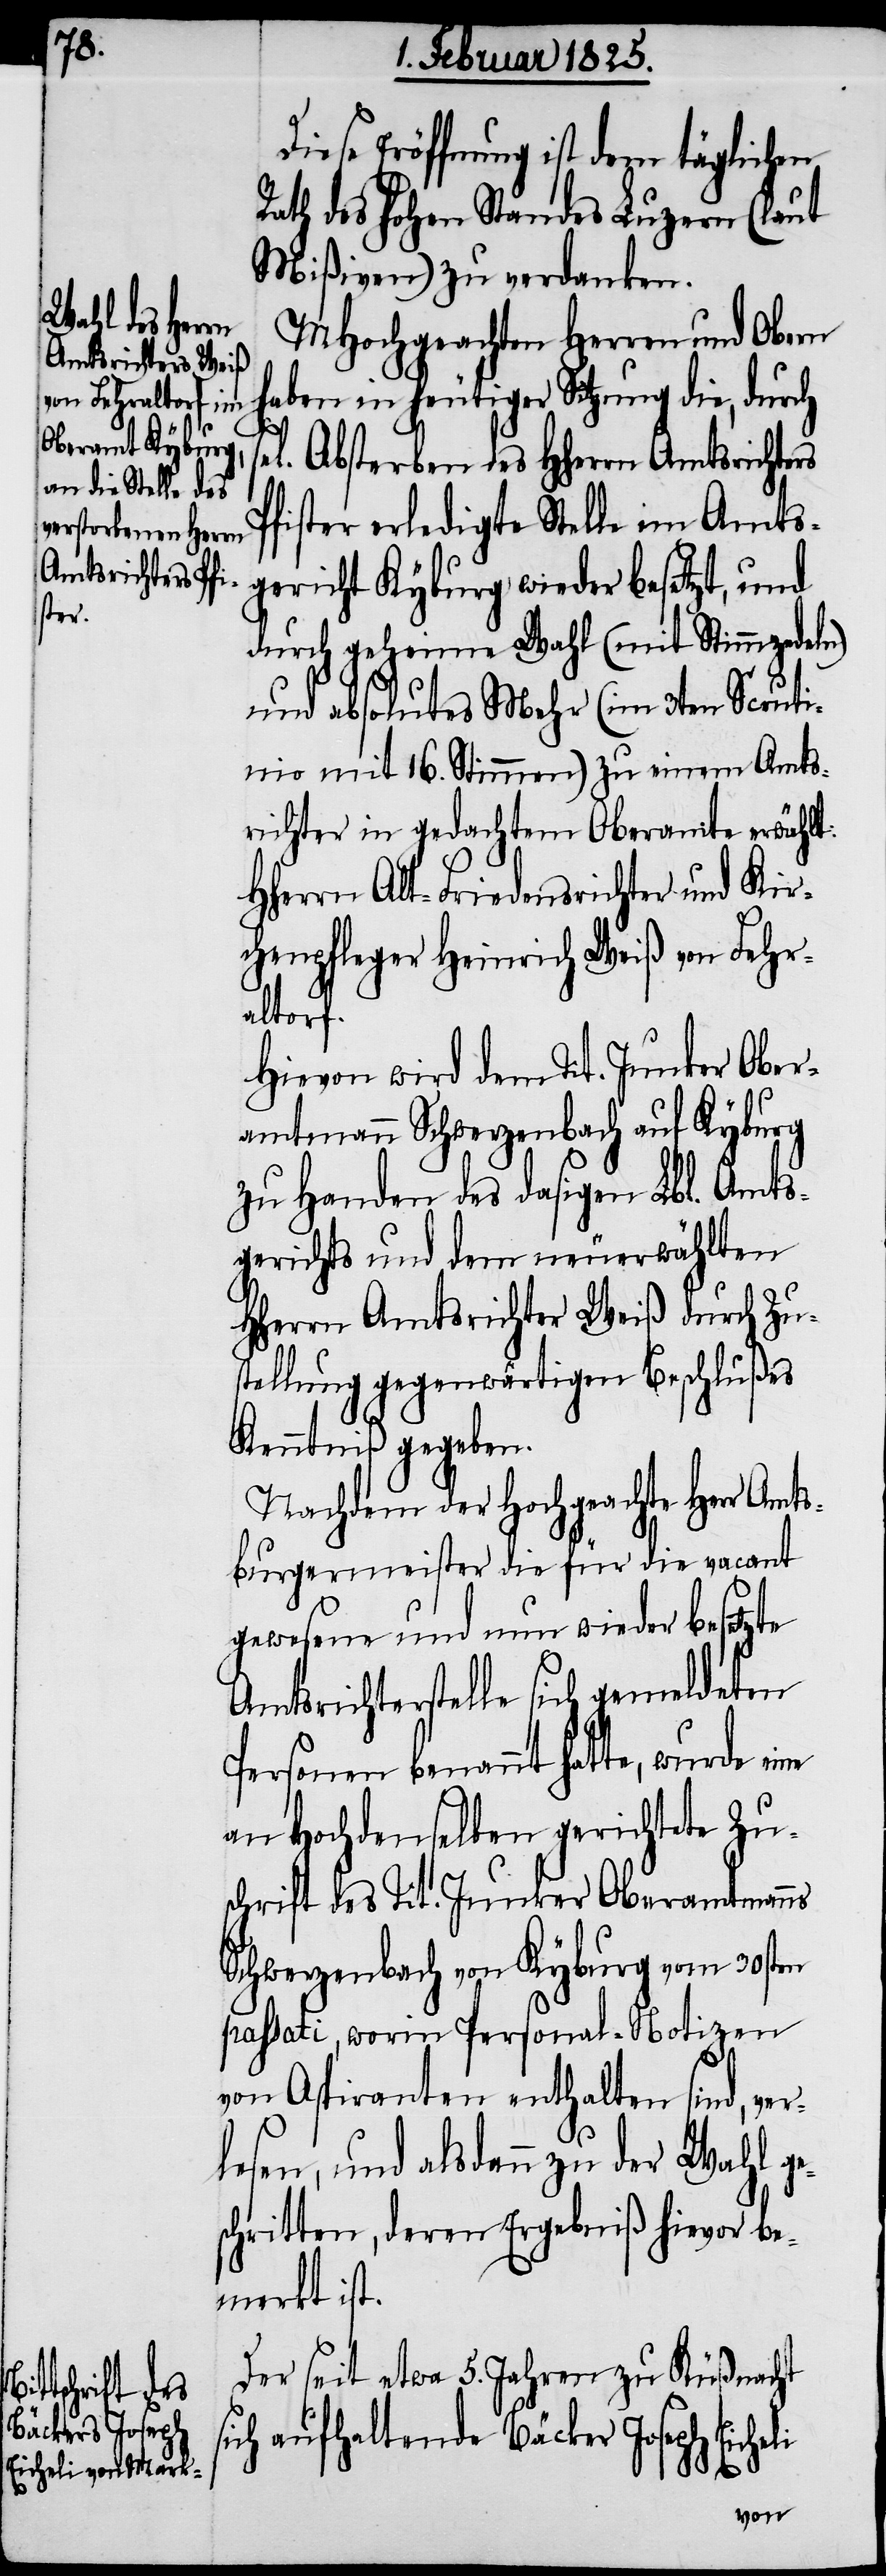
Diese Eröffnung ist dem täglichen
Rath des hohen Standes Luzern (laut
Mißiven) zu verdanken.
MHochgeachten Herren und Obern
haben in heutiger Sitzung die, durch
sel. Absterben des Hherrn Amtsrichters
Pfister erledigte Stelle im Amts¬
gericht Kyburg wieder besetzt, und
durch geheime Wahl (mit Stimmzedeln)
und absolutes Mehr (im 3ten Scruti¬
nio mit 16. Stimmen) zu einem Amts¬
richter in gedachtem Oberamte erwählt:
Hherrn Alt-Friedensrichter und Kir¬
chenpfleger Heinrich Weiß von Fehr¬
altorf.
Hievon wird dem Tit. Junker Ober¬
amtmann Schwerzenbach auf Kyburg
zu Handen des dasigen Lbl. Amts¬
gerichts und dem neuerwählten
HHerrn Amtsrichter Weiß durch Zu¬
stellung gegenwärtigen Beschlußes
Kenntniß gegeben.
Nachdem der Hochgeachte Herr Amt¬
sburgermeister die für die vacant
gewesene und nun wieder besetzte
Amtsrichterstelle sich gemeldeten
Personen benannt hatte, wurde
an Hochdenselben gerichtete Zu¬
schrift des Tit. Junker Oberamtmanns
Schwerzenbach von Kyburg vom 30sten
passati, worin Personal-Notizen
von Aspiranten enthalten sind, ve¬
rlesen, und alsdann zu der Wahl ge¬
schritten, deren Ergebniß hievor be¬
merkt ist.
Der seit etwa 5. Jahren zu Küßnacht
sich aufhaltende Bäcker Joseph Eicheli